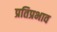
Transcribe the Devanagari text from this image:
प्रतिप्रभाव